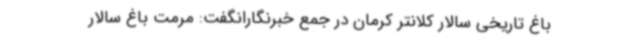
باغ تاریخی سالار کلانتر کرمان در جمع خبرنگارانگفت: مرمت باغ سالار